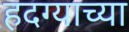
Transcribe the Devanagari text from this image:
हदग्याच्या